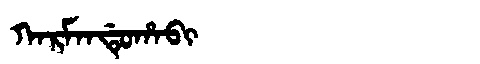
Manchu: ᡴᠠᡵᠮᠠᠨᡩᡠᡥᠠᠪᡳ
Romanization: KARMANDUHABI